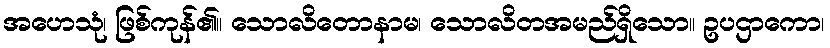
အဟေသုံ၊ ဖြစ်ကုန်၏။ သောလိတောနာမ၊ သောလိတအမည်ရှိသော။ ဥပဌာကော၊